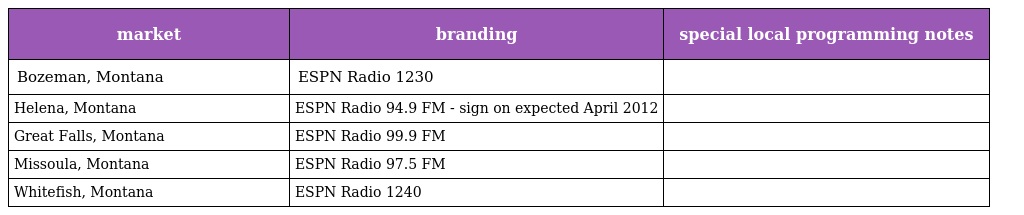
| market | branding | special local programming notes |
 | --- | --- | --- |
 | Bozeman, Montana | ESPN Radio 1230 |  |
 | Helena, Montana | ESPN Radio 94.9 FM - sign on expected April 2012 |  |
 | Great Falls, Montana | ESPN Radio 99.9 FM |  |
 | Missoula, Montana | ESPN Radio 97.5 FM |  |
 | Whitefish, Montana | ESPN Radio 1240 |  |